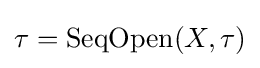
\tau =\operatorname {SeqOpen} (X,\tau )